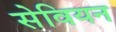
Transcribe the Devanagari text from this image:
सेवियन